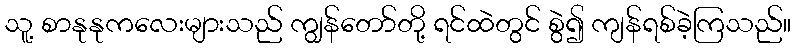
သူ့ စာနုနုကလေးများသည် ကျွန်တော်တို့ ရင်ထဲတွင် စွဲ၍ ကျန်ရစ်ခဲ့ကြသည်။